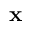
\bf { x }